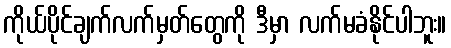
ကိုယ်ပိုင်ချက်လက်မှတ်တွေကို ဒီမှာ လက်မခံနိုင်ပါဘူး။